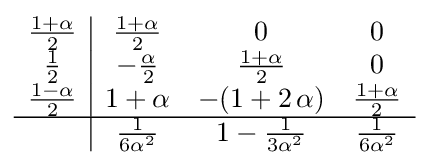
{\begin{array}{c|ccc}{\frac {1+\alpha }{2}}&{\frac {1+\alpha }{2}}&0&0\\{\frac {1}{2}}&-{\frac {\alpha }{2}}&{\frac {1+\alpha }{2}}&0\\{\frac {1-\alpha }{2}}&1+\alpha &-(1+2\,\alpha )&{\frac {1+\alpha }{2}}\\\hline &{\frac {1}{6\alpha ^{2}}}&1-{\frac {1}{3\alpha ^{2}}}&{\frac {1}{6\alpha ^{2}}}\\\end{array}}